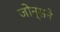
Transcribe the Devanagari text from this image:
जोन्सने